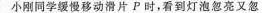
小刚同学缓慢移动滑片P时，看到灯泡忽亮又忽